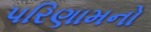
પરિણામનો